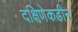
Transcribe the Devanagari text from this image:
दक्षिणेकडीन